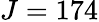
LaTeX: J=174